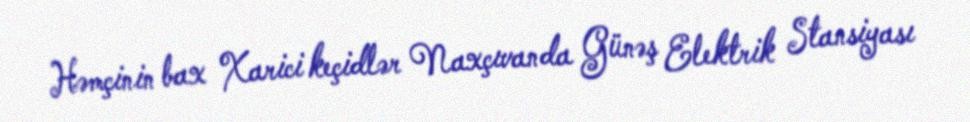
Həmçinin bax Xarici keçidlər Naxçıvanda Günəş Elektrik Stansiyası